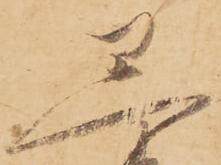
黒